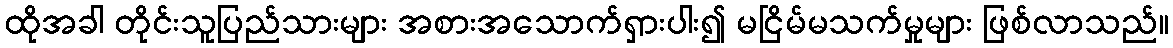
ထိုအခါ တိုင်းသူပြည်သားများ အစားအသောက်ရှားပါး၍ မငြိမ်မသက်မှုများ ဖြစ်လာသည်။